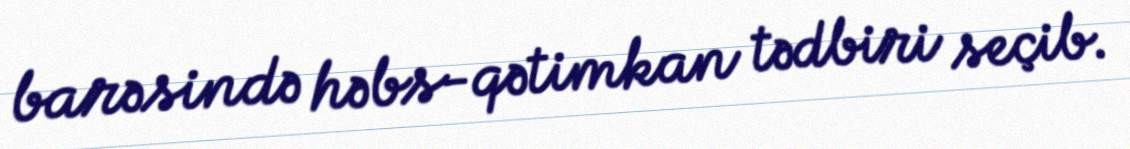
barəsində həbs-qətimkan tədbiri seçib.